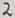
Text: 2